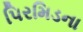
પિરમિડના